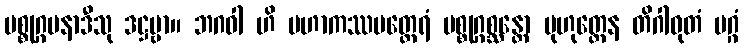
ပစ္စုဂ္ဂမနာဒီသု ဒဋ္ဌဗ္ဗာ။ ဘဂဝါ ဟိ မဟာကဿပတ္ထေရံ ပစ္စုဂ္ဂစ္ဆန္တော မုဟုတ္တေန တိဂါဝုတံ မဂ္ဂံ